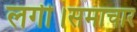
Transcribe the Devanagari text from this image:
लगी।समाचार